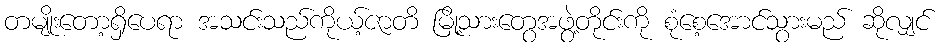
တမျိုးတော့ရှိပေရာ အသင်းသည်ကိုယ့်ဇာတိ မြို့သားတွေအဖွဲ့တိုင်းကို စုံစေ့အောင်သွားမည် ဆိုလျှင်